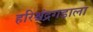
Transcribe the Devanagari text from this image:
हरिश्चंद्रगडाला